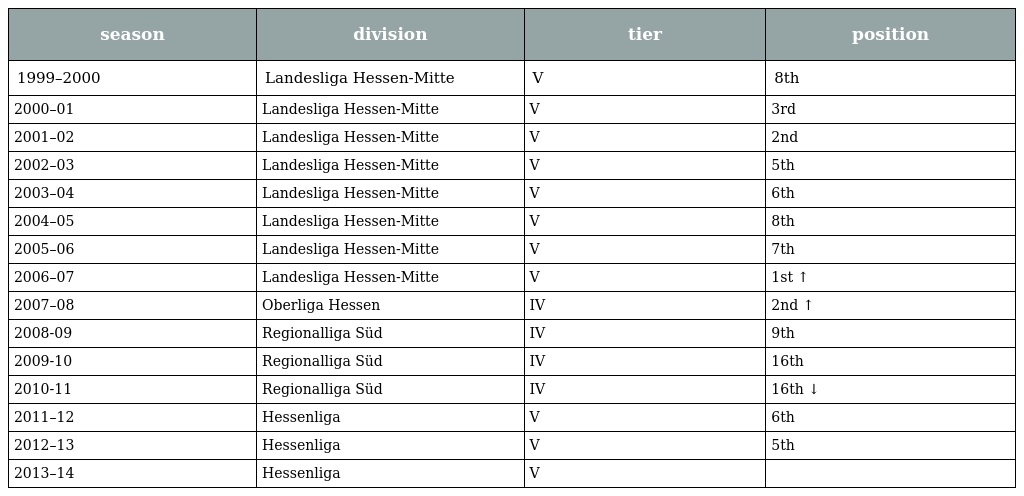
| season | division | tier | position |
 | --- | --- | --- | --- |
 | 1999–2000 | Landesliga Hessen-Mitte | V | 8th |
 | 2000–01 | Landesliga Hessen-Mitte | V | 3rd |
 | 2001–02 | Landesliga Hessen-Mitte | V | 2nd |
 | 2002–03 | Landesliga Hessen-Mitte | V | 5th |
 | 2003–04 | Landesliga Hessen-Mitte | V | 6th |
 | 2004–05 | Landesliga Hessen-Mitte | V | 8th |
 | 2005–06 | Landesliga Hessen-Mitte | V | 7th |
 | 2006–07 | Landesliga Hessen-Mitte | V | 1st ↑ |
 | 2007–08 | Oberliga Hessen | IV | 2nd ↑ |
 | 2008-09 | Regionalliga Süd | IV | 9th |
 | 2009-10 | Regionalliga Süd | IV | 16th |
 | 2010-11 | Regionalliga Süd | IV | 16th ↓ |
 | 2011–12 | Hessenliga | V | 6th |
 | 2012–13 | Hessenliga | V | 5th |
 | 2013–14 | Hessenliga | V |  |